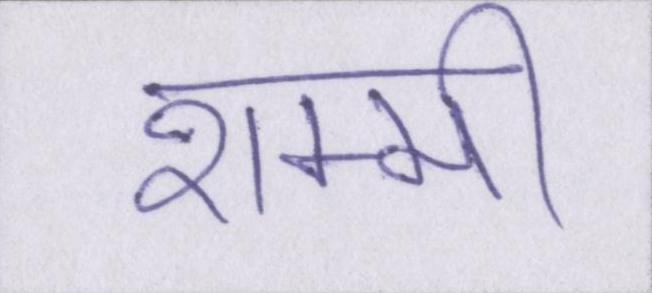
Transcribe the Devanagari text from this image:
शम्मी